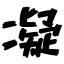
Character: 凝